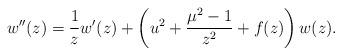
LaTeX: \begin{align*}w''(z)=\frac1z w'(z)+\left(u^2+\frac{\mu^2-1}{z^2}+f(z)\right)w(z) .\end{align*}